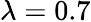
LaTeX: \lambda=0.7